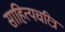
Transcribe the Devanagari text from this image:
साहित्यचरित्र